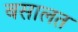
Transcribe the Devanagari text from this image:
बसालत